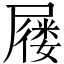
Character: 屦